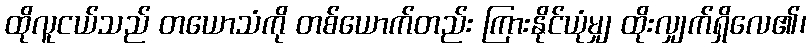
ထိုလူငယ်သည် တယောသံကို တစ်ယောက်တည်း ကြားနိုင်ယုံမျှ ထိုးလျှက်ရှိလေ၏၊